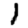
Digit: 1